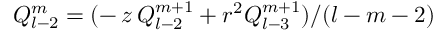
Q _ { l - 2 } ^ { m } = ( - \, z \, Q _ { l - 2 } ^ { m + 1 } + r ^ { 2 } Q _ { l - 3 } ^ { m + 1 } ) / ( l - m - 2 )